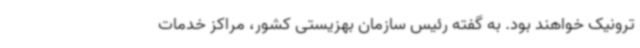
ترونیک خواهند بود. به گفته رئیس سازمان بهزیستی کشور، مراکز خدمات